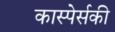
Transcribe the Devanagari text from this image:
कास्पेर्सकी